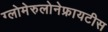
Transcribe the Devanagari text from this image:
ग्लोमेरुलोनेफ्रायटीस